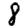
Digit: 8